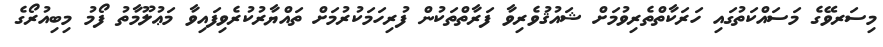
މިސަރވޭގެ މަސައްކަތުގައި ހަރަކާތްތެރިވުމަށް ޝައުޤުވެރިވާ ފަރާތްތަކުން ފުރިހަމަކުރުމަށް ތައްޔާރުކުރެވިފައިވާ މަޢުލޫމާތު ފޯމު މިބިއުރޯގެ